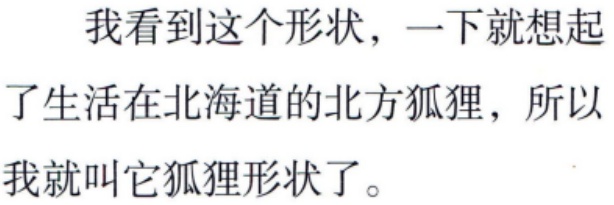
我看到这个形状，一下就想起了生活在北海道的北方狐狸，所以我就叫它狐狸形状了。